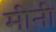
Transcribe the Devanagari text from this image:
मीनी